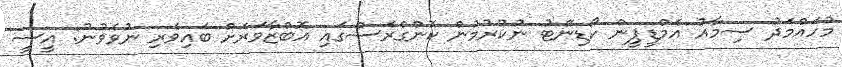
މުހައްމަދު ސިމާއު އެމްޑީޕީން ކޯޑިނޭޓު ނުކުރުމުން ކޮންގްރެސްގައި އޮބްޒާވަރަށް ބައިވެރި ނުވެވުނު: އީސީ